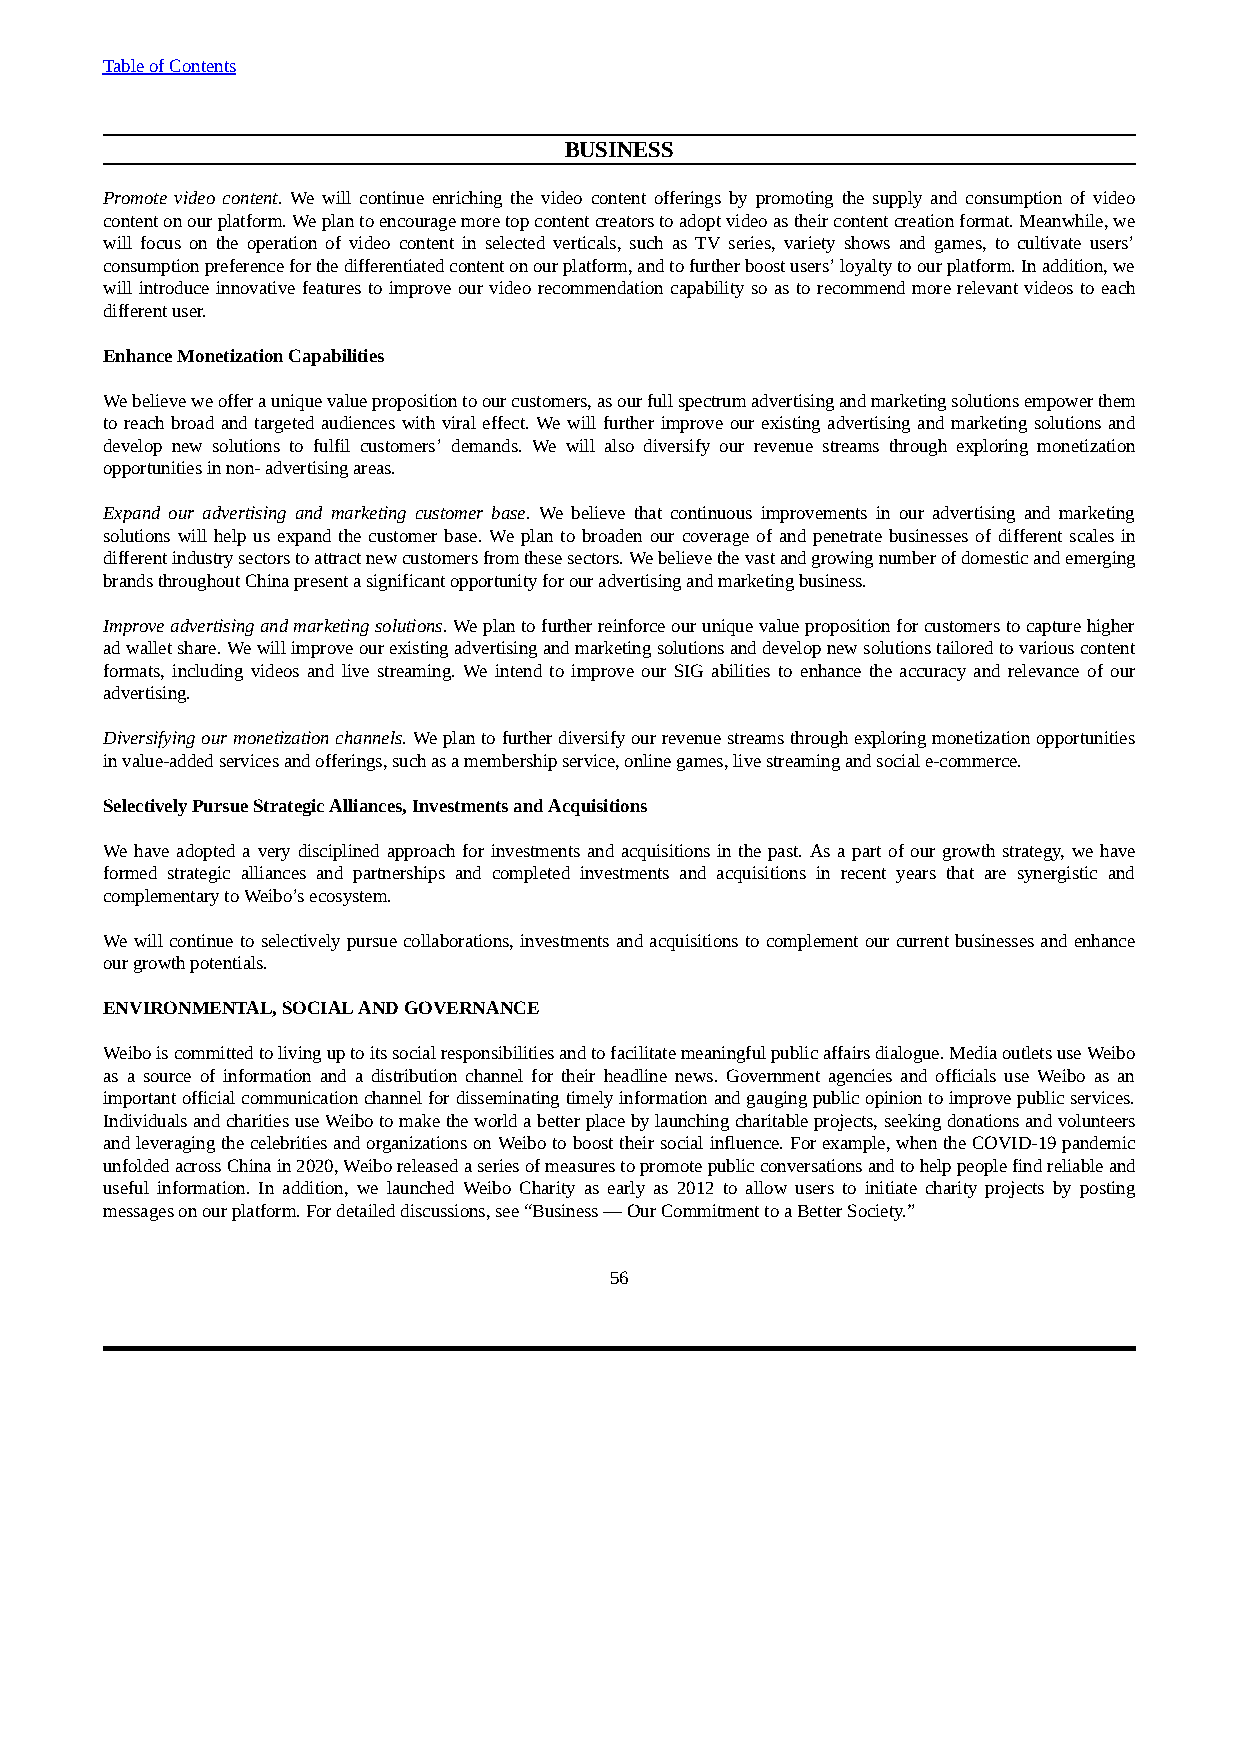
Table of Contents
 BUSINESS
 Promote video content. We will continue enriching the video content offerings by promoting the supply and consumption of video
 content on our platform. We plan to encourage more top content creators to adopt video as their content creation format. Meanwhile, we
 will focus on the operation of video content in selected verticals, such as TV series, variety shows and games, to cultivate users’
 consumption preference for the differentiated content on our platform, and to further boost users’ loyalty to our platform. In addition, we
 will introduce innovative features to improve our video recommendation capability so as to recommend more relevant videos to each
 different user.
 Enhance Monetization Capabilities
 We believe we offer a unique value proposition to our customers, as our full spectrum advertising and marketing solutions empower them
 to reach broad and targeted audiences with viral effect. We will further improve our existing advertising and marketing solutions and
 develop new solutions to fulfil customers’ demands. We will also diversify our revenue streams through exploring monetization
 opportunities in non- advertising areas.
 Expand our advertising and marketing customer base. We believe that continuous improvements in our advertising and marketing
 solutions will help us expand the customer base. We plan to broaden our coverage of and penetrate businesses of different scales in
 different industry sectors to attract new customers from these sectors. We believe the vast and growing number of domestic and emerging
 brands throughout China present a significant opportunity for our advertising and marketing business.
 Improve advertising and marketing solutions. We plan to further reinforce our unique value proposition for customers to capture higher
 ad wallet share. We will improve our existing advertising and marketing solutions and develop new solutions tailored to various content
 formats, including videos and live streaming. We intend to improve our SIG abilities to enhance the accuracy and relevance of our
 advertising.
 Diversifying our monetization channels. We plan to further diversify our revenue streams through exploring monetization opportunities
 in value-added services and offerings, such as a membership service, online games, live streaming and social e-commerce.
 Selectively Pursue Strategic Alliances, Investments and Acquisitions
 We have adopted a very disciplined approach for investments and acquisitions in the past. As a part of our growth strategy, we have
 formed strategic alliances and partnerships and completed investments and acquisitions in recent years that are synergistic and
 complementary to Weibo’s ecosystem.
 We will continue to selectively pursue collaborations, investments and acquisitions to complement our current businesses and enhance
 our growth potentials.
 ENVIRONMENTAL, SOCIAL AND GOVERNANCE
 Weibo is committed to living up to its social responsibilities and to facilitate meaningful public affairs dialogue. Media outlets use Weibo
 as a source of information and a distribution channel for their headline news. Government agencies and officials use Weibo as an
 important official communication channel for disseminating timely information and gauging public opinion to improve public services.
 Individuals and charities use Weibo to make the world a better place by launching charitable projects, seeking donations and volunteers
 and leveraging the celebrities and organizations on Weibo to boost their social influence. For example, when the COVID-19 pandemic
 unfolded across China in 2020, Weibo released a series of measures to promote public conversations and to help people find reliable and
 useful information. In addition, we launched Weibo Charity as early as 2012 to allow users to initiate charity projects by posting
 messages on our platform. For detailed discussions, see “Business — Our Commitment to a Better Society.”
 56